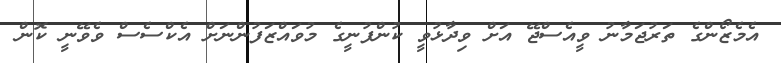
އެމެޒޯންގެ ތަރުޖަމާނު ވީއެސްޖޭ އަށް ވިދާޅުވީ ކުންފުނީގެ މުވައްޒަފުންނަށް އެކްސެސް ވެވޭނީ ކޮން